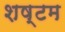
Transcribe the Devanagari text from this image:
शष्टम